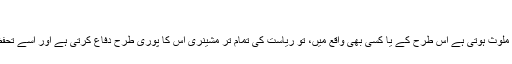
'
'جب پولیس ملوث ہوتی ہے اس طرح کے یا کسی بھی واقع میں، تو ریاست کی تمام تر مشینری اس کا پوری طرح دفاع کرتی ہے اور اسے تحفظ دیتی ہے۔